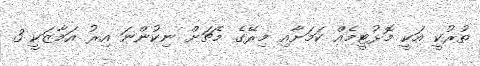
ތުރުކީ އަކީ މޮޅުޓީމެއް ކަމަށާއި މިރޭގެ މެޗަށް ނިކުންނަ އިރު އަމާޒަކީ 3